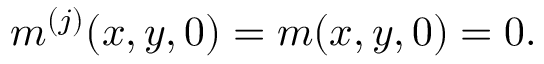
m ^ { ( j ) } ( x , y , 0 ) = m ( x , y , 0 ) = 0 .